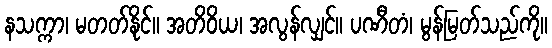
နသက္ကာ၊ မတတ်နိုင်။ အတိဝိယ၊ အလွန်လျှင်။ ပဏီတံ၊ မွန်မြတ်သည်ကို။